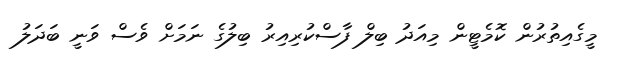
މީގެއިތުރުން ކޮމެޓީން މިއަދު ބިލް ފާސްކުރިއިރު ބިލުގެ ނަމަށް ވެސް ވަނީ ބަދަލު